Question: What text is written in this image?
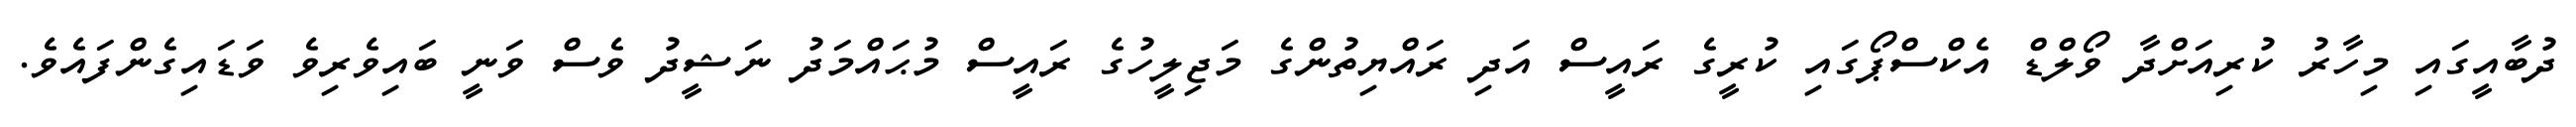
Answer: ދުބާއީގައި މިހާރު ކުރިއަށްދާ ވޯލްޑް އެކްސްޕޯގައި ކުރީގެ ރައީސް އަދި ރައްޔިތުންގެ މަޖިލީހުގެ ރައީސް މުޙައްމަދު ނަޝީދު ވެސް ވަނީ ބައިވެރިވެ ވަޑައިގެންފައެވެ.